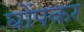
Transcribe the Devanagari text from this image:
घोंपकर